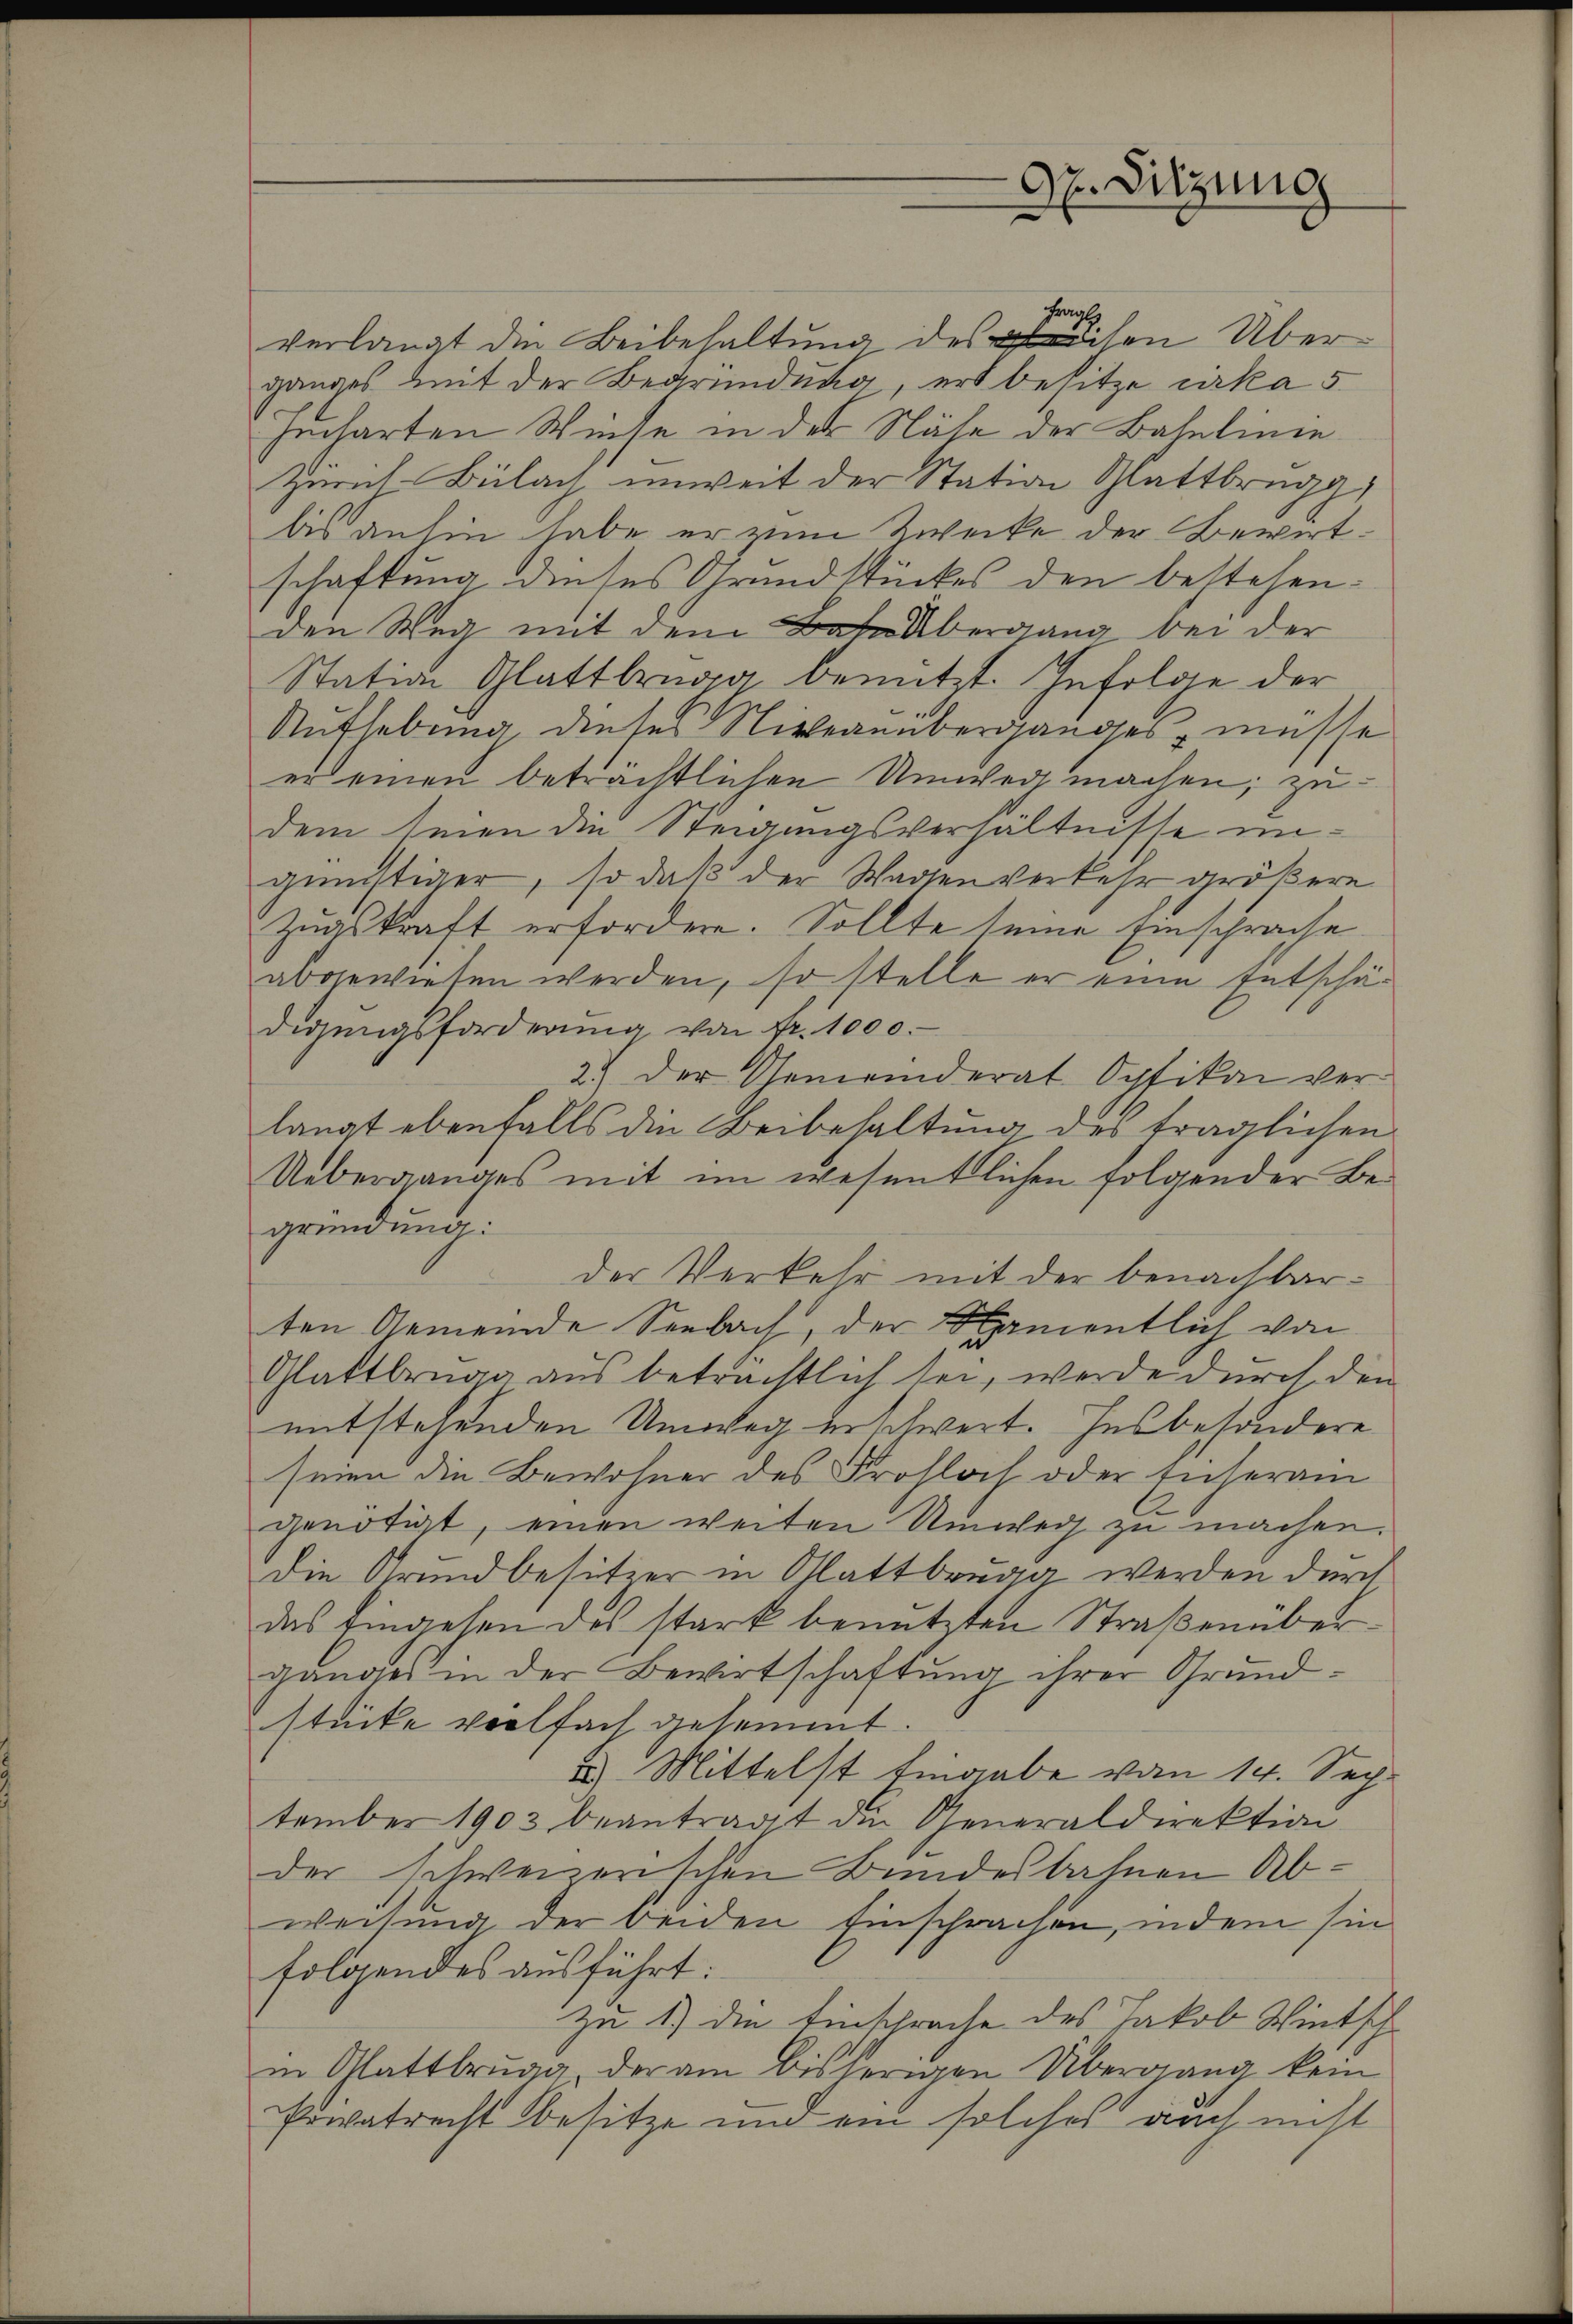
Dr. Sitzung

Frag
verlangt die Beibehaltung dessen Über
ganges mit der Begründung, er besitze cirka 5
jucharten Weise in der Nähe der Bahnlinie
Zürich-Bülach unweit der Station Glattbrugg,
bis anhin habe er von Zwecke der Bewirtschaftung dieses Grundstückes den bestehenden Weg mit dem Baselbergang bei der
Station Glattbrugg benutzt. Infolge der
Aufhebung dieses Niveanüberganges, müsse
er einen beträchtlichen Umweg machen, zudem seien die Steigungsverhältnisse ungünstiger, so daß der Wagenverkehr größere
Zugskraft erfordere. Sollte seine Einschrache
abgewiesen werden, so stelle er eine Entschädigŭngsforderŭng von fr. 1000.
2.) Der Gemeinderat Opfikon verlangt ebenfalls die Beibehaltung des fraglichen
Ueberganges mit im wesentlichen folgender Begründung:
der Verkehr mit der benachbarten Gemeinde Seebach, der Blamentlich von
Glattbrugg aus beträchtlich sei, werde durch den
entstehenden Umweg erschwert. Insbesondere
seien die Bewohner des Frohloch oder sicheram
genötigt, einen weiten Umweg zu machen.
Die Grundbesitzer in Glattbrugg werden durch
das Eingesen des stark benutzten Straßenüberganges in der Bewirtschaftung ihrer Grundstücke vorlfach gesammt.
2.) Mittelst Eingabe vom 14. Sech
tember 1903 beantragt die Generaldirektion
der schweizerischen Bundesbahnen Abweisung der beiden Einschrachen, indem sin
folgendes ausführt:
zu 1.) die Einsprache des Jakob Wintsch
in Glattbrugg, der am bisherigen Übergang kein
Privatrecht besitze und ein solches auch nicht